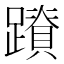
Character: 𮜛